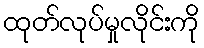
ထုတ်လုပ်မှုလိုင်းကို